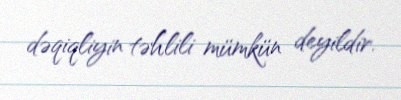
dəqiqliyin təhlili mümkün deyildir.